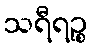
သရီရဉ္စ